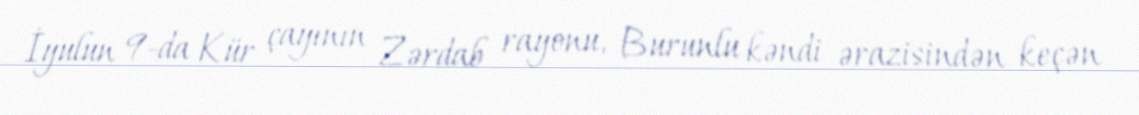
İyulun 9-da Kür çayının Zərdab rayonu, Burunlu kəndi ərazisindən keçən